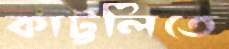
কাট্টলিতে